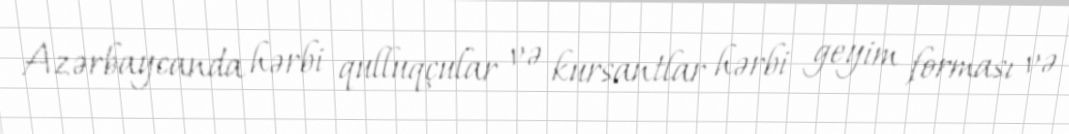
Azərbaycanda hərbi qulluqçular və kursantlar hərbi geyim forması və